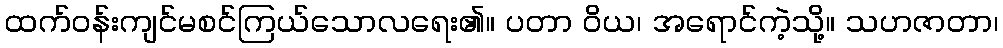
ထက်ဝန်းကျင်မစင်ကြယ်သောလရေး၏။ ပတာ ဝိယ၊ အရောင်ကဲ့သို့။ သဟဇာတာ၊